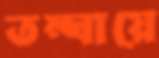
তম্ঘায়ে